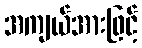
အကျယ်အားဖြင့်